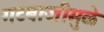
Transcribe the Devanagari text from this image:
गटबाजीमुळे